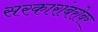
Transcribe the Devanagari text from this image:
सरकारांबरोबर